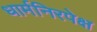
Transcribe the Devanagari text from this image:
धार्मनिरपेक्ष